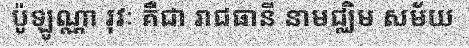
ប៉ូឡូណ្ណា រុវៈ គឺជា រាជធានី នាមជ្ឈិម សម័យ